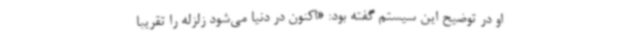
او در توضیح این سیستم گفته بود: «اکنون در دنیا می‌شود زلزله را تقریبا